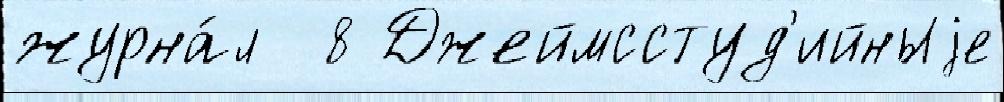
журна́л  8 Джеймсстуд'ийныjе